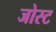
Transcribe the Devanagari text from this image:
जोस्ट